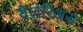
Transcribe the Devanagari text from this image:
वैलेरिअस